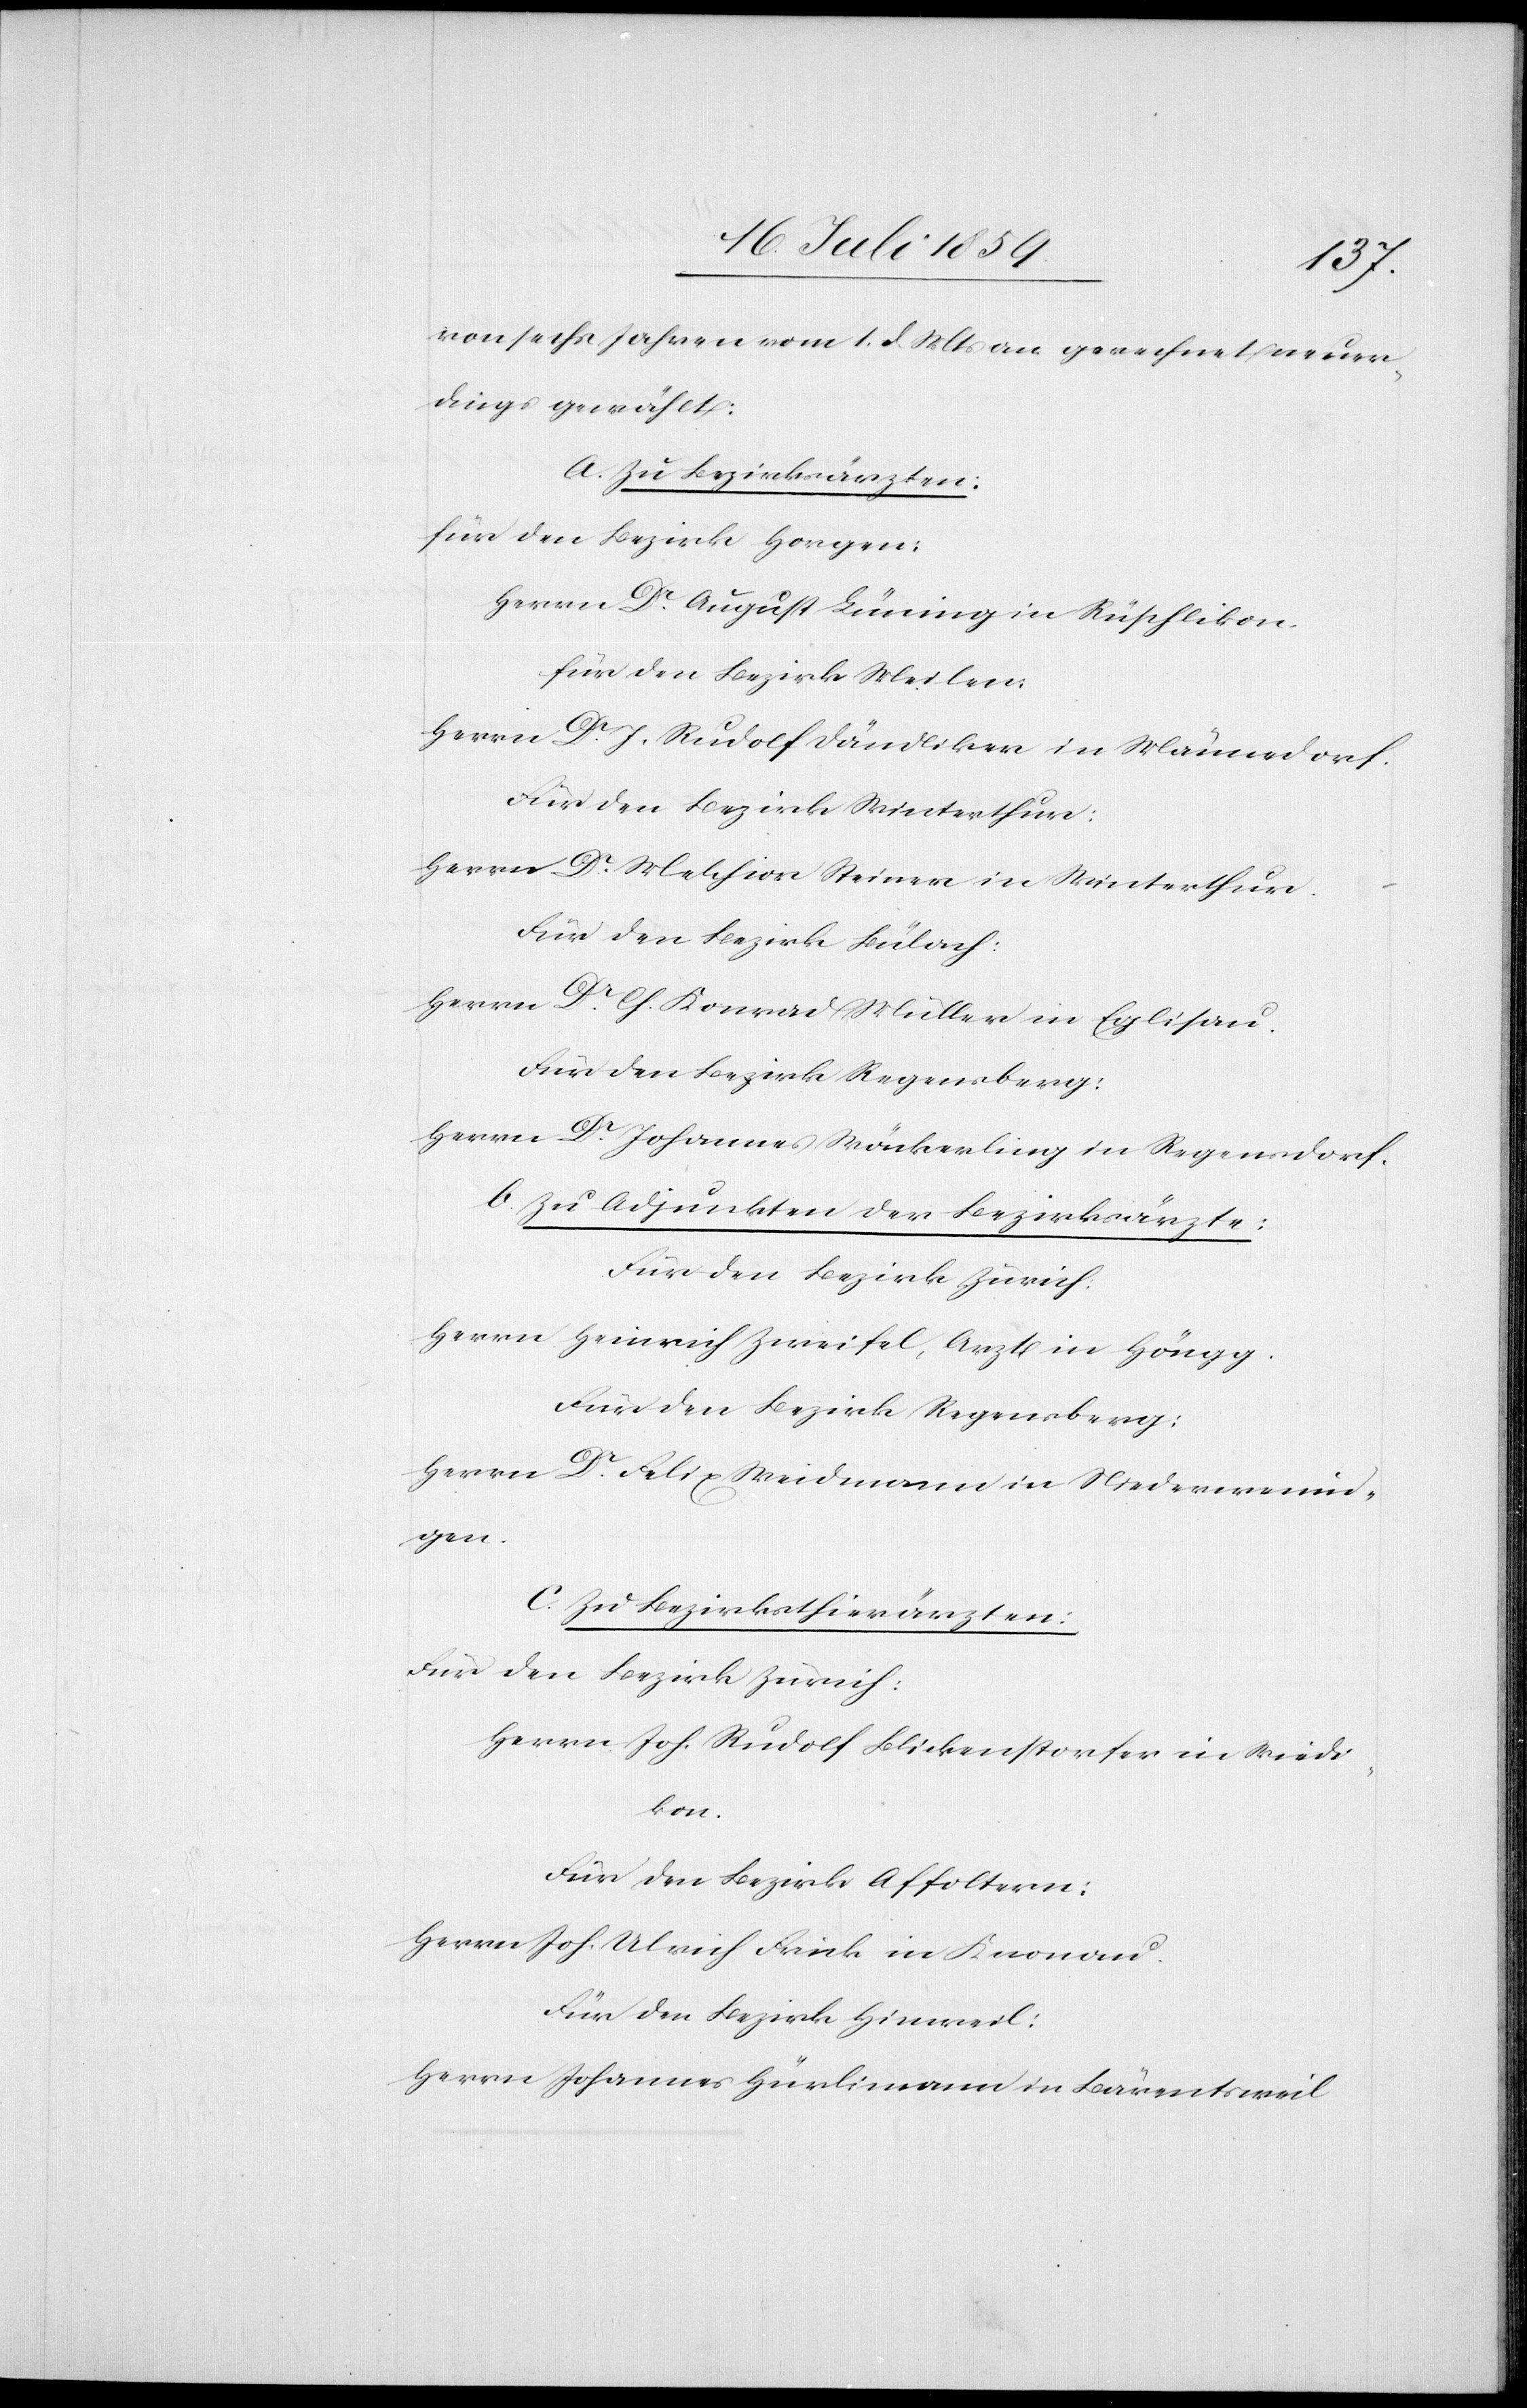
von sechs Jahren vom 1. d. Mts. an gerechnet neuer¬
dings gewählt:
A. Zu Bezirksärzten:
für den Bezirk Horgen:
Herrn Dr. August Lüning in Rüschlikon.
für den Bezirk Meilen:
Herrn Dr. J. Rudolf Dändliker in Männedorf.
Für den Bezirk Winterthur:
Herrn Dr. Melchior Steiner in Winterthur.
Für den Bezirk Bülach:
Herrn Dr. Ch. Konrad Müller in Eglisau.
Für den Bezirk Regensberg:
Herrn Dr. Johannes Wäckerling in Regensdorf
b. Zu Adjunkten der Bezirksärzte:
Für den Bezirk Zürich:
Herrn Heinrich Zweifel, Arzt in Höngg.
Für den Bezirk Regensberg:
Herrn Dr. Felix Weidmann in Niederwennin¬
gen.
C. Zu Bezirksthierärzten:
Für den Bezirk Zürich:
Herrn Joh. Rudolf Blickenstorfer in Wiedi¬
kon.
Für den Bezirk Affoltern:
Herrn Joh. Ulrich Frick in Knonau.
Für den Bezirk Hinweil:
Herrn Johannes Hürlimann in Bärentsweil